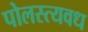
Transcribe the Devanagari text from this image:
पोलस्त्यवध